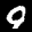
Label: 9